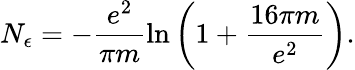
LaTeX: N_{\epsilon}=-\frac{e^{2}}{\pi m}\ln\left(1+\frac{16\pi m}{e^{2}}\right).